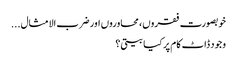
خوبصورت فقروں، محاوروں اور ضرب الامثال...
وجود ڈاٹ کام پر کیا بیتی؟